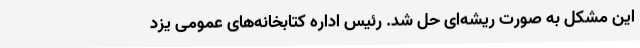
این مشکل به صورت ریشه‌ای حل شد. رئیس اداره کتابخانه‌های عمومی یزد